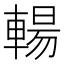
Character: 輰